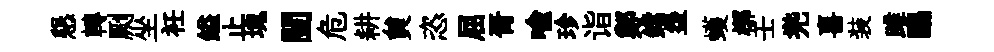
懇轉劂坐衽鎰止塊闉危耕貟恣屈胥喻珍诣鄭鐺盌蠖槨壬兠喜装雎鷗